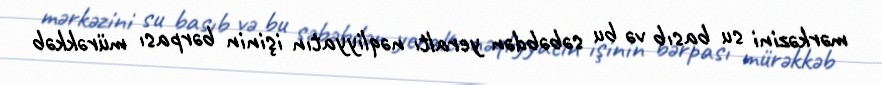
mərkəzini su basıb və bu səbəbdən yeraltı nəqliyyatın işinin bərpası mürəkkəb